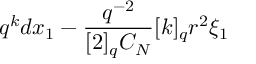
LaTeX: q ^ { k } d x _ { 1 } - \frac { q ^ { - 2 } } { [ 2 ] _ { q } C _ { N } } [ k ] _ { q } r ^ { 2 } \xi _ { 1 }